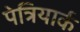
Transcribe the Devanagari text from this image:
पेत्रियार्क